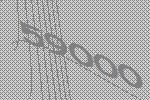
59000